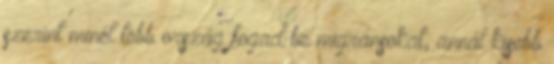
szerint minél több ország fogad be migránsokat, annál kisebb